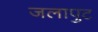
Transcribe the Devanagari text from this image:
जलापुट